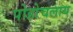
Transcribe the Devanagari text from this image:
पोहोचलाय